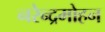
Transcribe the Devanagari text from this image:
नरेन्द्रमोहन